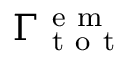
\Gamma _ { \mathrm { ~ t ~ o ~ t ~ } } ^ { \mathrm { ~ e ~ m ~ } }